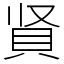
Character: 䝨